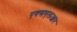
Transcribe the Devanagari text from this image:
एक्सएलआर